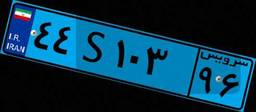
۳۸S۷۳۷۷۹